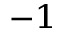
^ { - 1 }